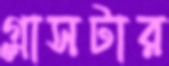
গ্লাসটার